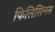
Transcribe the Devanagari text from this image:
फिलिसिनस